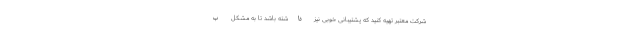
شرکت معتبر تهیه کنید که پشتیبانی خوبی نیز داشته باشد تا به مشکل ب